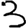
Digit: 3